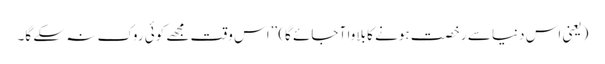
(یعنی اس دنیا سے رخصت ہونے کا بلاوا آ جائے گا) ’’اس وقت مجھے کوئی روک نہ سکے گا۔